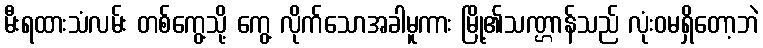
မီးရထားသံလမ်း တစ်ကွေ့သို့ ကွေ့ လိုက်သောအခါမူကား မြို့၏သဏ္ဌာန်သည် လုံးဝမရှိတော့ဘဲ